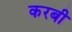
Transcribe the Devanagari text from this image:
करबी